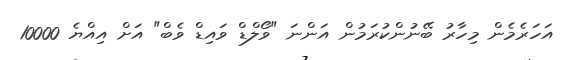
އަހަރެމެން މިހާރު ބޭނުންކުރަމުން އަންނަ "ވޯލްޑް ވައިޑް ވެބް" އަށް އިއްޔެ 10000